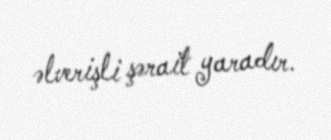
əlverişli şərait yaradır.